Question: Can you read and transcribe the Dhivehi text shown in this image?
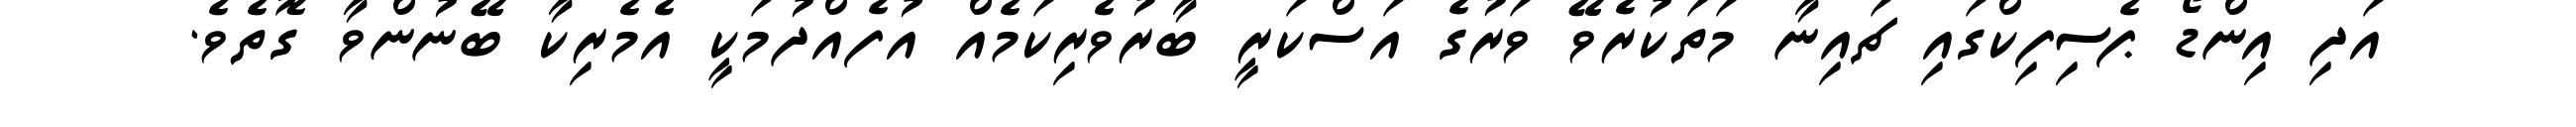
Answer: އަދި އިންޑޯ ޕެސިފިކްގައި ޗައިނާ މަތަކުރެވޭ ވަރުގެ އަސްކަރީ ބާރުވެރިކަމެއް އުފެއްދުމަކީ އެމެރިކާ ބޭނުންވާ ގޮތެވެ.